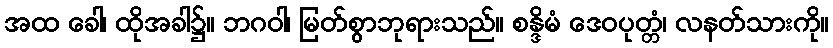
အထ ခေါ၊ ထိုအခါ၌။ ဘဂဝါ၊ မြတ်စွာဘုရားသည်။ စန္ဒိမံ ဒေဝပုတ္တံ၊ လနတ်သားကို။